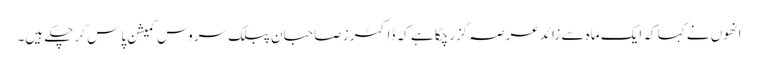
انھوں نے کہا کہ ایک ماہ سے زائد عرصہ گزرچکا ہے کہ ڈاکٹرز صاحبان پبلک سروس کمیشن پاس کر چکے ہیں۔